Civil Veterinary Department Bengal reports 1933-51 - 1933-1951
Year: 1933
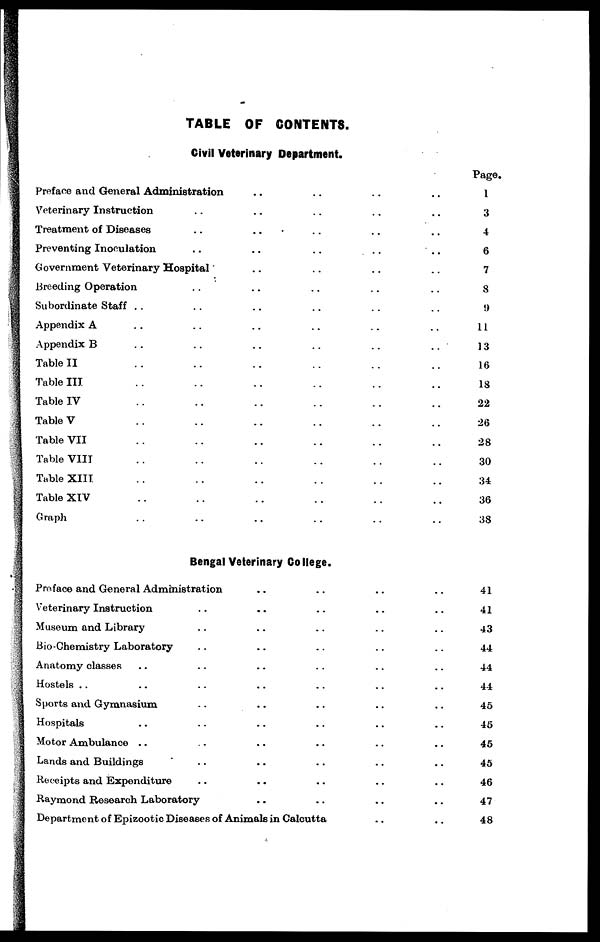
TABLE OF CONTENTS.
Civil Veterinary Department.
Preface and General Administration .. .. .. ..
Veterinary Instruction .. .. .. ..
Treatment of Diseases .. .. .. ..
Preventing Inoculation .. .. .. ..
Government Veterinary Hospital .. .. .. ..
Breeding Operation .. .. .. ..
Subordinate Staff .. .. .. ..
Appendix A .. .. .. ..
Appendix B .. .. .. .. .. ..
Table II .. .. .. ..
Table III .. .. .. ..
Table IV .. .. .. ..
Table V .. .. .. .. .. ..
Table VII .. .. .. ..
Table VIII .. .. .. ..
Table XIII .. .. .. ..
Table XIV .. .. .. ..
Graph .. .. .. ..
Bengal Veterinary College.
Preface and General Administration .. .. .. ..
Veterinary Instruction .. .. .. ..
Museum and Library .. .. .. ..
Bio-Chemistry Laboratory .. .. .. ..
Anatomy classes .. .. .. ..
Hostels .. .. .. ..
Sports and Gymnasium .. .. .. ..
Hospitals .. .. .. ..
Motor Ambulance .. .. .. ..
Lands and Buildings .. .. .. .. .. ..
Receipts and Expenditure .. .. .. .. .. ..
Raymond Research Laboratory .. .. .. ..
Department of Epizootic Diseases of Animals in Calcutta .. ..
Page.
1
3
4
6
7
8
9
11
13
16
18
22
26
28
30
34
36
38
41
41
43
44
44
44
45
45
45
45
46
47
48